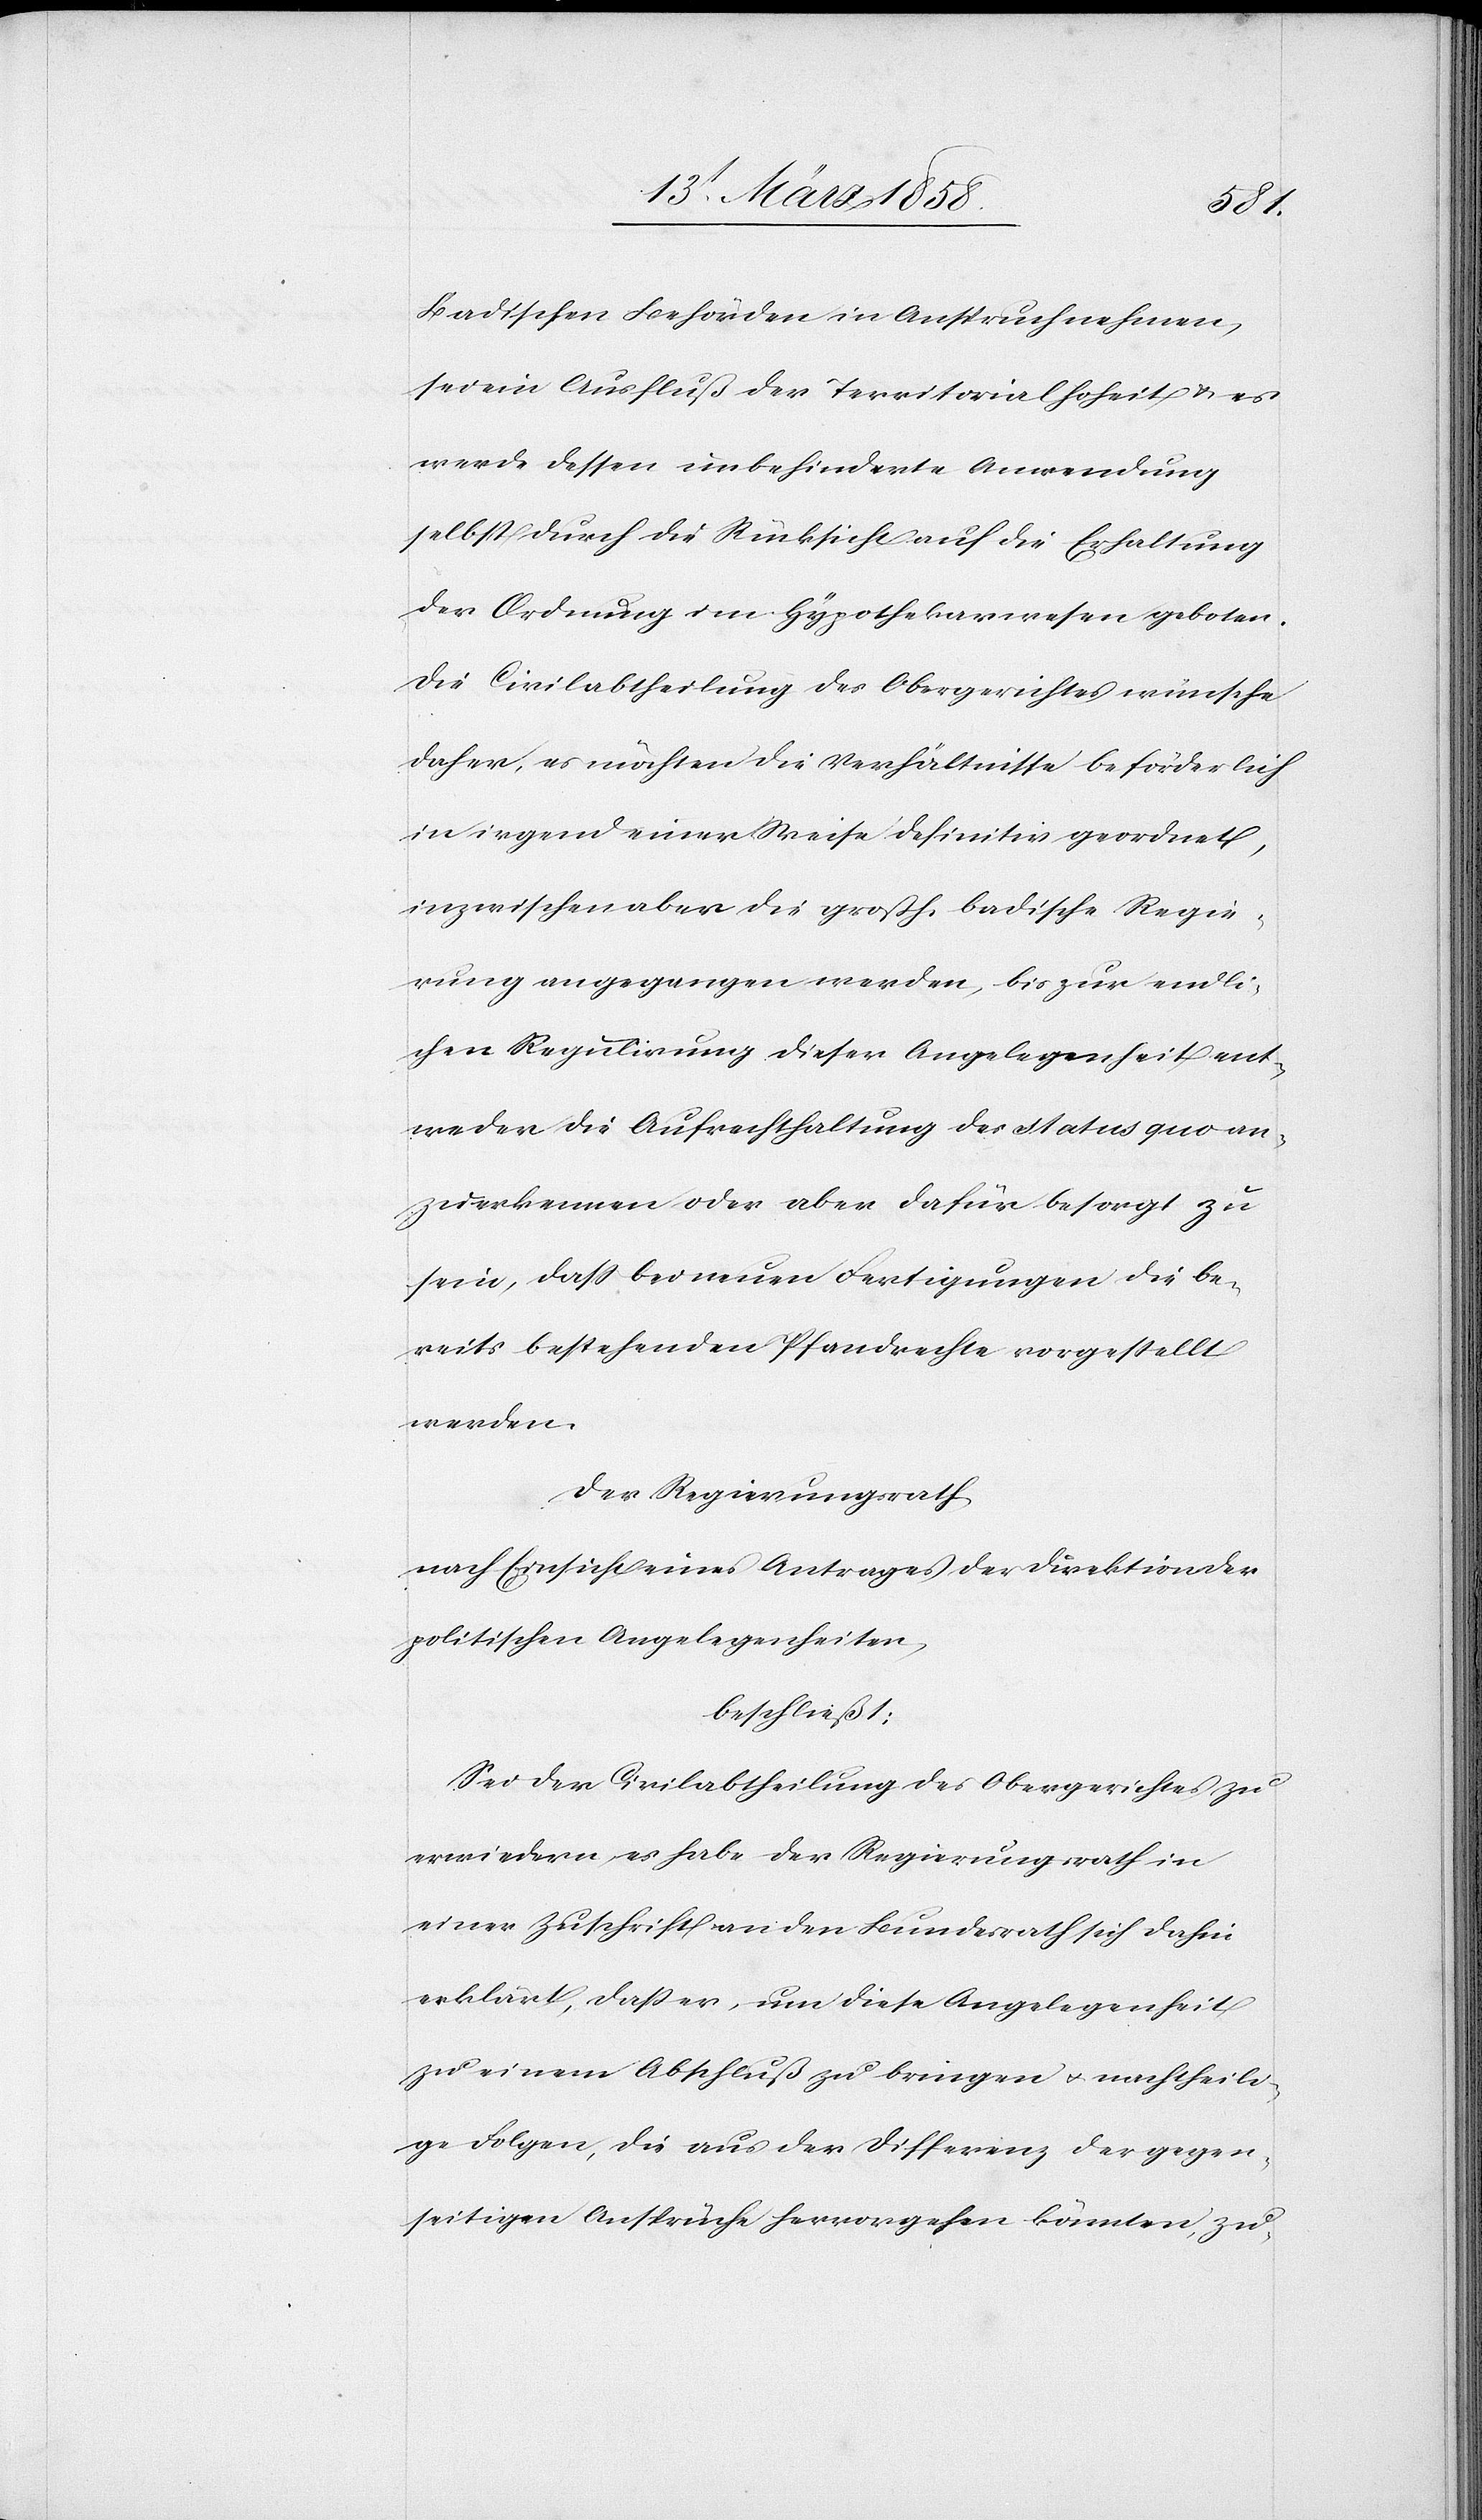
Badischen Behörden in Anspruch nehmen,
sei ein Ausfluß der Territorialhoheit u. es
werde dessen unbehinderte Anwendung
selbst durch die Rücksicht auf die Erhaltung
der Ordnung im Hypothekarwesen geboten.
Die Civilabtheilung des Obergerichtes wünsche
daher, es möchten die Verhältnisse beförderlich
in irgend einer Weise definitiv geordnet,
inzwischen aber die großh. badische Regie¬
rung angegangen werden, bis zur endli¬
chen Regulirung dieser Angelegenheit ent¬
weder die Aufrechthaltung des status quo an¬
zuerkennen oder aber dafür besorgt zu
sein, daß bei neuen Fertigungen die be¬
reits bestehenden Pfandrechte vorgestellt
werden.
Der Regierungsrath
nach Einsicht eines Antrages der Direktion der
politischen Angelegenheiten,
beschließt:
Sei der Civilabtheilung des Obergerichtes zu
erwiedern, es habe der Regierungsrath in
einer Zuschrift an den Bundesrath sich dahin
erklärt, daß er, um diese Angelegenheit
zu einem Abschluß zu bringen u. nachtheili¬
ge Folgen, die aus der Differenz der gegen¬
seitigen Ansprüche hervorgehen könnten, zu-